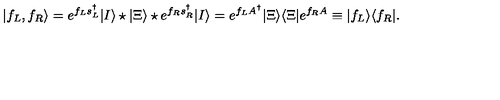
| f _ { L } , f _ { R } \rangle = e ^ { f _ { L } s _ { L } ^ { \dag } } | I \rangle \star | \Xi \rangle \star e ^ { f _ { R } s _ { R } ^ { \dag } } | I \rangle = e ^ { f _ { L } A ^ { \dag } } | \Xi \rangle \langle \Xi | e ^ { f _ { R } A } \equiv | f _ { L } \rangle \langle f _ { R } | .